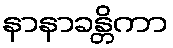
နာနာခန္တိကာ